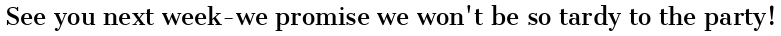
See you next week-we promise we won't be so tardy to the party!